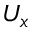
U _ { x }